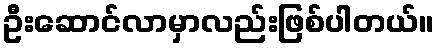
ဦးဆောင်လာမှာလည်းဖြစ်ပါတယ်။